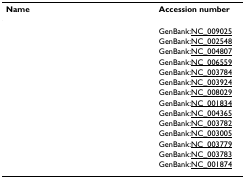
<table><thead><tr><td><b>Name</b></td><td><b>Accession number</b></td></tr></thead><tbody><tr><td>[EMPTY_CELL]</td><td>GenBank:NC_009025</td></tr><tr><td>[EMPTY_CELL]</td><td>GenBank:NC_002548</td></tr><tr><td>[EMPTY_CELL]</td><td>GenBank:NC_004807</td></tr><tr><td>[EMPTY_CELL]</td><td>GenBank:NC_006559</td></tr><tr><td>[EMPTY_CELL]</td><td>GenBank:NC_003784</td></tr><tr><td>[EMPTY_CELL]</td><td>GenBank:NC_003924</td></tr><tr><td>[EMPTY_CELL]</td><td>GenBank:NC_008029</td></tr><tr><td>[EMPTY_CELL]</td><td>GenBank:NC_001834</td></tr><tr><td>[EMPTY_CELL]</td><td>GenBank:NC_004365</td></tr><tr><td>[EMPTY_CELL]</td><td>GenBank:NC_003782</td></tr><tr><td>[EMPTY_CELL]</td><td>GenBank:NC_003005</td></tr><tr><td>[EMPTY_CELL]</td><td>GenBank:NC_003779</td></tr><tr><td>[EMPTY_CELL]</td><td>GenBank:NC_003783</td></tr><tr><td>[EMPTY_CELL]</td><td>GenBank:NC_001874</td></tr></tbody></table>